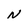
Character: N